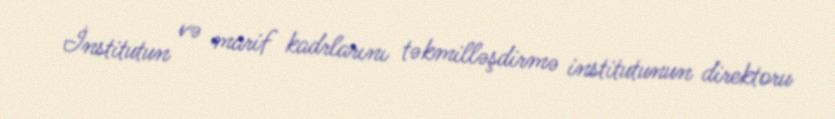
İnstitutun və marif kadrlarını təkmilləşdirmə institutunun direktoru